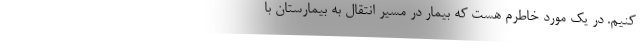
کنیم. در یک مورد خاطرم هست که بیمار در مسیر انتقال به بیمارستان با